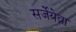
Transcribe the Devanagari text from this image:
सर्जेयेव्ना